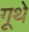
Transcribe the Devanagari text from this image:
गूथे